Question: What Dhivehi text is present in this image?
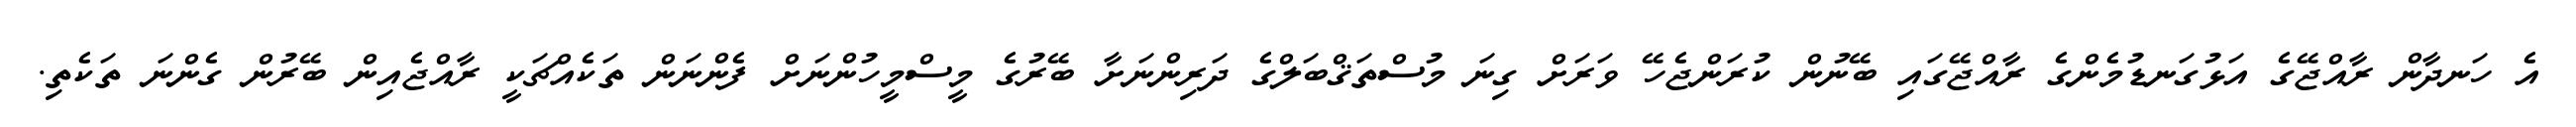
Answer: އެ ހަނދާން ރާއްޖޭގެ އަޅުގަނޑުމެންގެ ރާއްޖޭގައި ބޭނުން ކުރަންޖެހޭ ވަރަށް ގިނަ މުސްތަޤްބަލްގެ ދަރިންނަށާ ބޭރުގެ މީސްމީހުންނަށް ފެންނަން ތަކެއްޗަކީ ރާއްޖެއިން ބޭރުން ގެންނަ ތަކެތި.